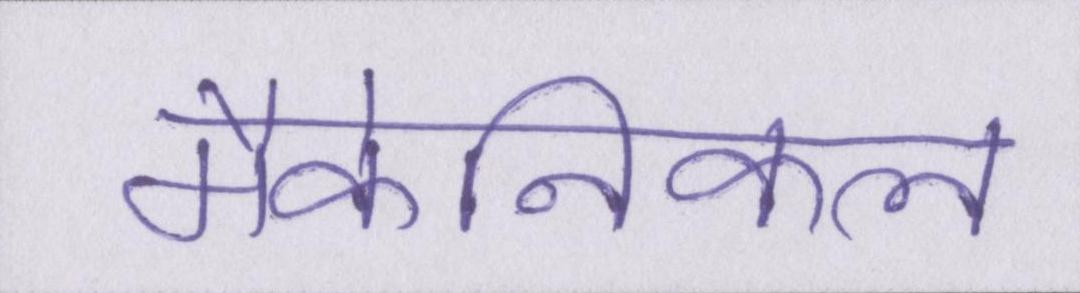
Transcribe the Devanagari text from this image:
मैकेनिकल